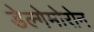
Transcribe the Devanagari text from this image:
डेल्गेमोरोन